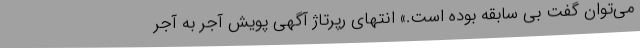
می‌توان گفت بی سابقه بوده است.» انتهای رپرتاژ آگهی پویش آجر به آجر